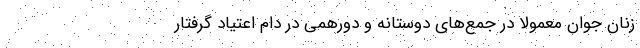
زنان جوان معمولا در جمع‌های دوستانه و دورهمی در دام اعتیاد گرفتار